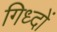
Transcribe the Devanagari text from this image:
गिध्दों